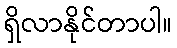
ရှိလာနိုင်တာပါ။